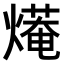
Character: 𤎣